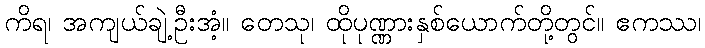
ကိရ၊ အကျယ်ချဲ့ဦးအံ့။ တေသု၊ ထိုပုဏ္ဏားနှစ်ယောက်တို့တွင်။ ဧကဿ၊